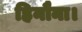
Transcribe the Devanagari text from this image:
हिनौना।